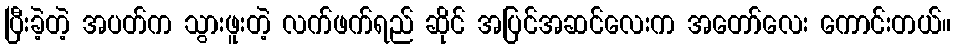
ပြီးခဲ့တဲ့ အပတ်က သွားဖူးတဲ့ လက်ဖက်ရည် ဆိုင် အပြင်အဆင်လေးက အတော်လေး ကောင်းတယ်။